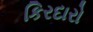
કિરદારો